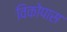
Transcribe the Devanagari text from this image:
विकोपास